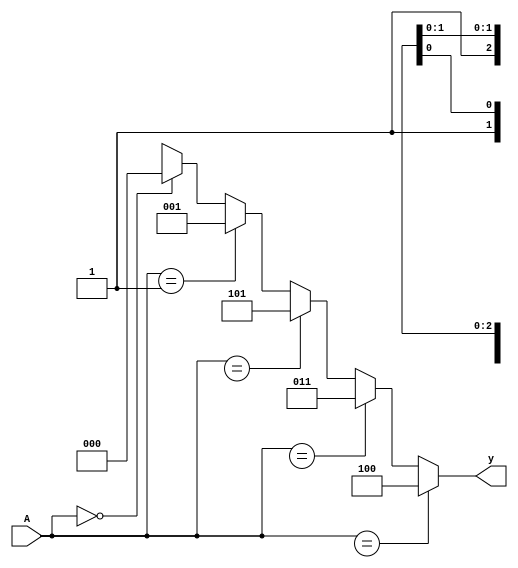
module encoder (
  input wire [3:0] A,
  output reg [2:0] y 
  );
  
initial
begin
	y = 3'b000;
end

always @(A)
begin

if (A == 4'b1xxx)
	y <= 3'b100;
else if (A == 4'b01xx) 
	y <= 3'b011;
else if (A == 4'b001x) 
	y <= 3'b101;
else if (A == 4'b0001) 
	y <= 3'b001;
else if (A == 4'b0000) 
	y <= 3'b000;
else
	// no change in y
	y <= 3'bxxx;
end

endmodule